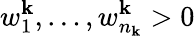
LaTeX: w_{1}^{\mathbf{k}},\dots,w_{n_{\mathbf{k}}}^{\mathbf{k}}>0